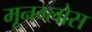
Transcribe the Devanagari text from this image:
मूनग्लोस